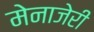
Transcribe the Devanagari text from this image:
मेनाजेरी